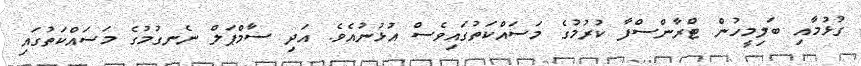
ގުޅުމާއި ބަލިމީހުން ޓްރާންސްފާ ކުރުމުގެ މަސައްކަތުގައިވެސް އުޅުނުއެވެ. އަދި ސާމްޕަލް ނެނގުމުގެ މަސައްކަތުގައި